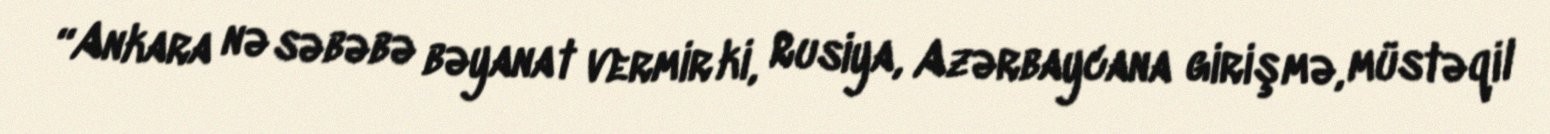
“Ankara nə səbəbə bəyanat vermir ki, Rusiya, Azərbaycana girişmə, müstəqil